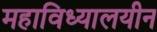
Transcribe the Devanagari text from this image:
महाविध्यालयीन